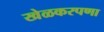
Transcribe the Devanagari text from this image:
खेळकरपणा